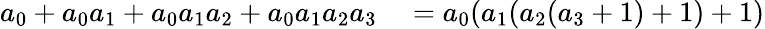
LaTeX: \begin{array}{rl}{a_{0}+a_{0}a_{1}+a_{0}a_{1}a_{2}+a_{0}a_{1}a_{2}a_{3}}&{{}=a_{0}(a_{1}(a_{2}(a_{3}+1)+1)+1)}\end{array}